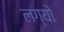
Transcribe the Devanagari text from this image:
लग्यो